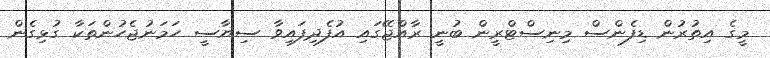
މީގެ އިތުރުން ޑިފެންސް މިނިސްޓްރީން ބުނީ ރާއްޖޭގައި އުފެދިފައިވާ ސިޔާސީ ހަމަނުޖެހުންތަކާ ގުޅިގެން